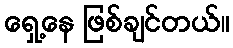
ရှေ့နေ ဖြစ်ချင်တယ်။